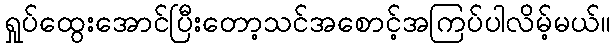
ရှုပ်ထွေးအောင်ပြီးတော့သင်အစောင့်အကြပ်ပါလိမ့်မယ်။